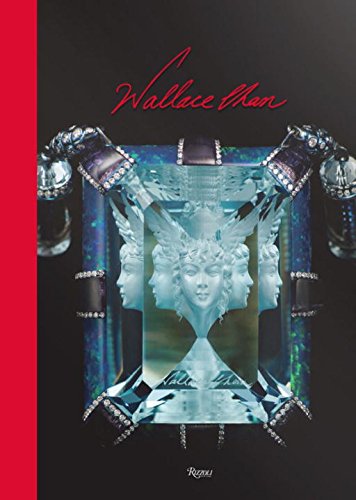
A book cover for Wallace Chan: Dream Light Water; Juliet W. De La Rochefoucauld; Crafts, Hobbies & Home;